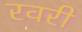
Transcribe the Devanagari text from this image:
रवरी